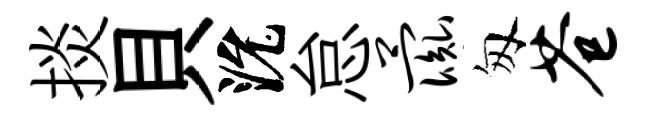
掞貝沇怠彘匆苍